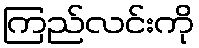
ကြည်လင်းကို